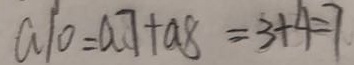
a 1 0 = a 7 + a 8 = 3 + 4 = 7